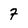
Character: 7